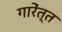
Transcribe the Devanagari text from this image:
गारेंत्त